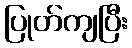
ပြုတ်ကျပြီး